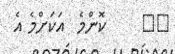
١٤     ކޮންމެ  އަކަށްމެ އެ